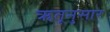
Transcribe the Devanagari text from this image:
ऋतूनुसार